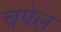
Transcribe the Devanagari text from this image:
चपेल